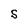
Character: S